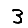
Digit: 3